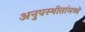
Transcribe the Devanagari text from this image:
अनुपस्थीतांमध्ये